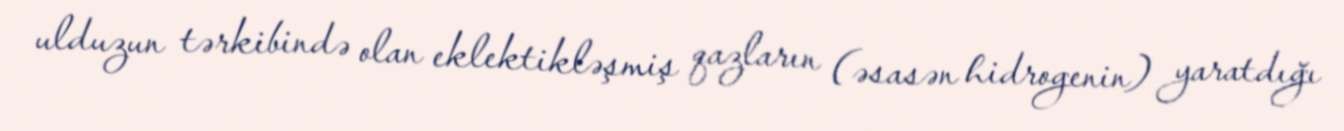
ulduzun tərkibində olan eklektikləşmiş qazların (əsasən hidrogenin) yaratdığı